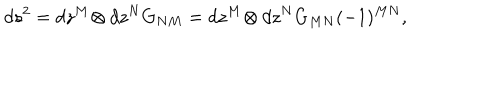
d s ^ { 2 } = d z ^ { M } \! \otimes d z ^ { N } G _ { N M } = d z ^ { M } \! \otimes d z ^ { N } G _ { M N } ( - 1 ) ^ { M N } ,